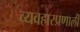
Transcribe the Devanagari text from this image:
व्यवहारप्रणाली